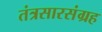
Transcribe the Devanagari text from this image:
तंत्रसारसंग्रह